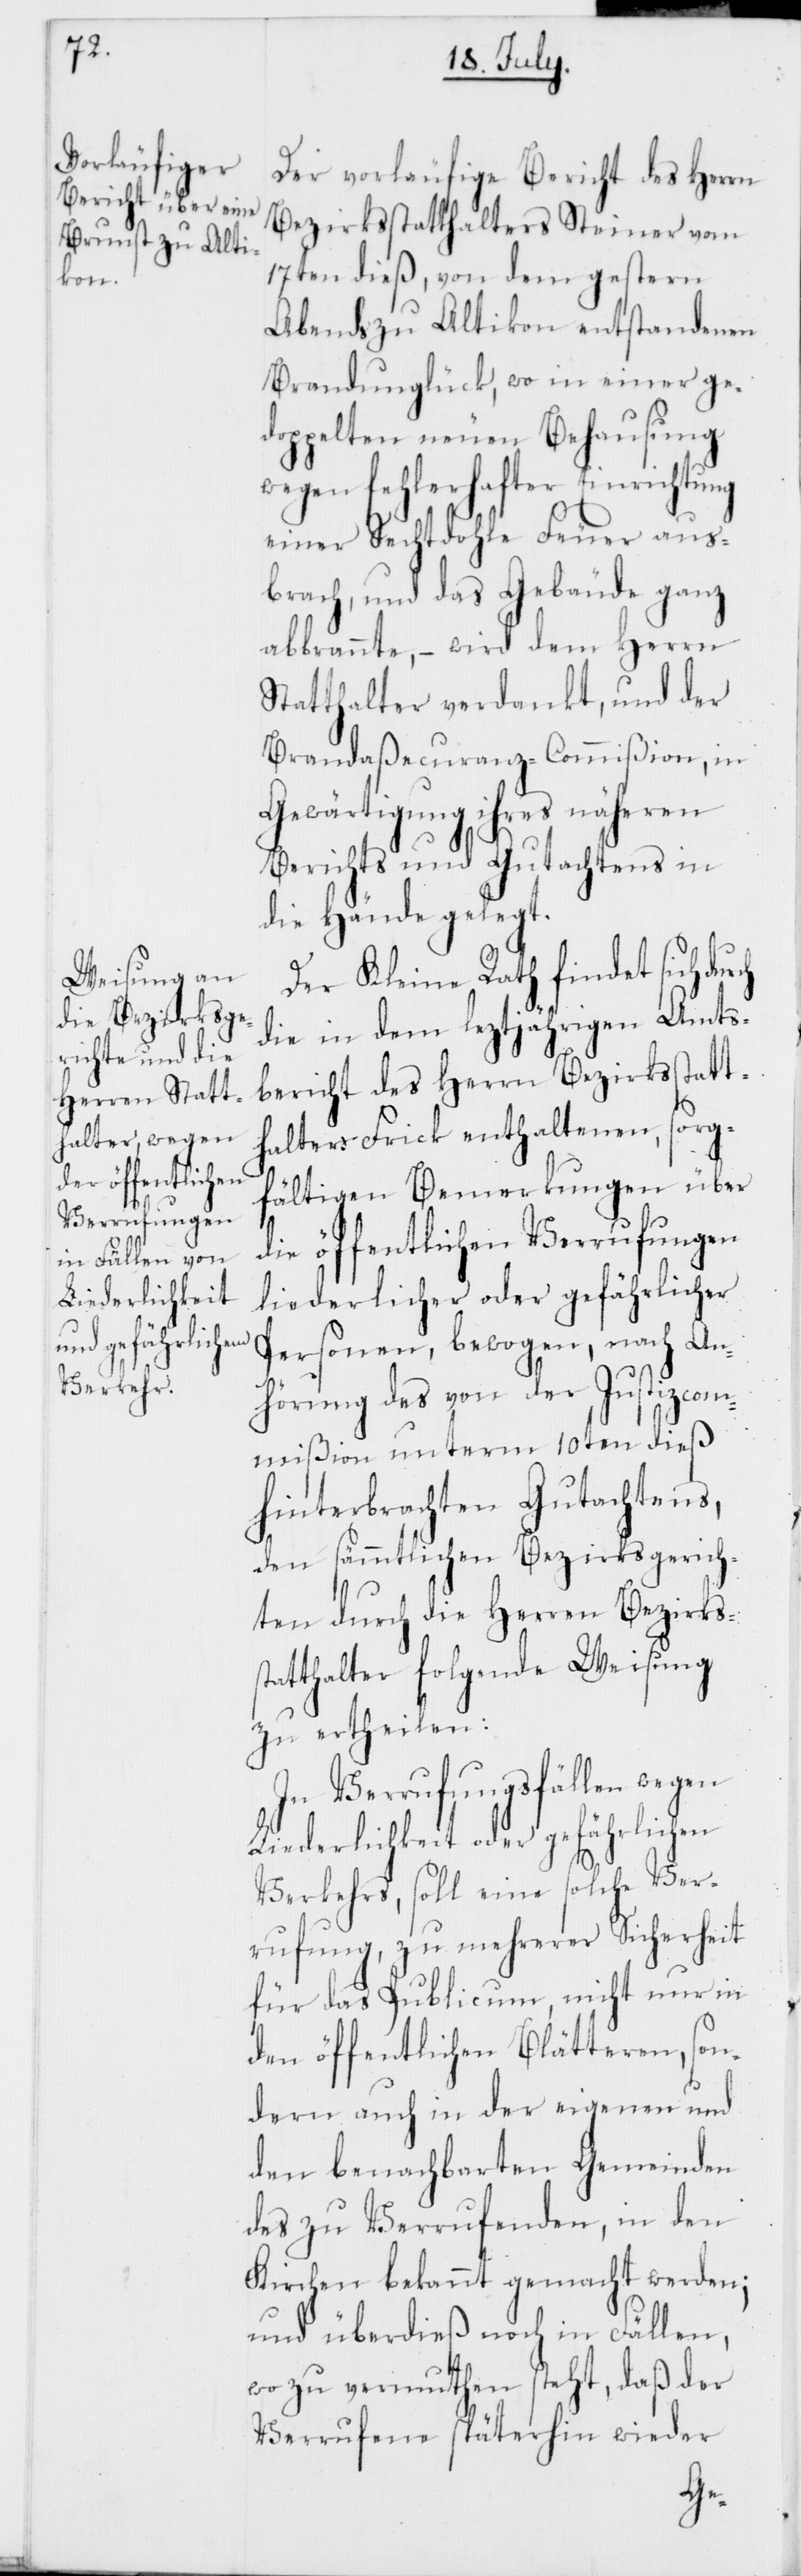
Der vorläufige Bericht des Herrn
Bezirksstatthalters Steiner vom
17ten dieß, von dem gestern
Abends zu Altikon entstandenen
Brandunglück, wo in einer ge¬
doppelten neuen Behausung
wegen fehlerhafter Einrichtung
einer Sechtdohle Feuer aus¬
brach, und das Gebäude ganz
abbrannte, – wird dem Herrn
Statthalter verdankt, und der
Brandaßecuranz-Commißion, in
Gewärtigung ihres näheren
Berichts und Gutachtens in
die Hände gelegt.
Der Kleine Rath findet sich
die in dem leztjährigen Amts¬
bericht des Herrn Bezirksstatt¬
halters Frick enthaltenen, sorg¬
fältigen Bemerkungen über
die öffentlichen Verrufungen
liederlicher oder gefährlicher
Personen, bewogen, nach An¬
hörung des von der Justizcom¬
mißion unterm 10ten dieß
hinterbrachten Gutachtens,
den sämmtlichen Bezirksgerich¬
ten durch die Herren Bezirks¬
statthalter folgende Weisung
zu ertheilen:
In Verrufungsfällen wegen
Liederlichkeit oder gefährlichen
Verkehrs, soll eine solche Ver¬
rufung, zu mehrerer Sicherheit
für das Publicum, nicht nur in
den öffentlichen Blätteren, son¬
dern auch in der eigenen und
den benachbarten Gemeinden
des zu Verrufenden, in den
Kirchen bekannt gemacht werden;
und überdies noch in Fällen,
wo zu vermuten steht, daß der
Verrufene späterhin wieder